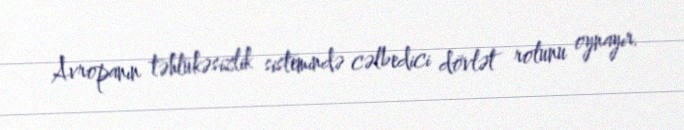
Avropanın təhlükəsizlik sistemində cəlbedici dövlət rolunu oynayır.